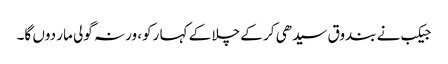
جیکب نے بندوق سیدھی کر کے چلا کے کہا رکو، ورنہ گولی مار دوں گا۔